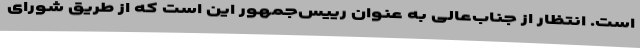
است. انتظار از جناب‌عالی به عنوان رییس‌جمهور این است که از طریق شورای